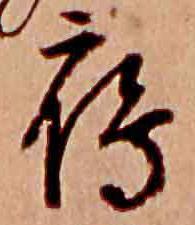
鴈